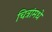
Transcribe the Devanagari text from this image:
चित्रांमधे